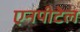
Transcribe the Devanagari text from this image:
एनपीटेल